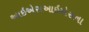
આઇએસઆઇએસના